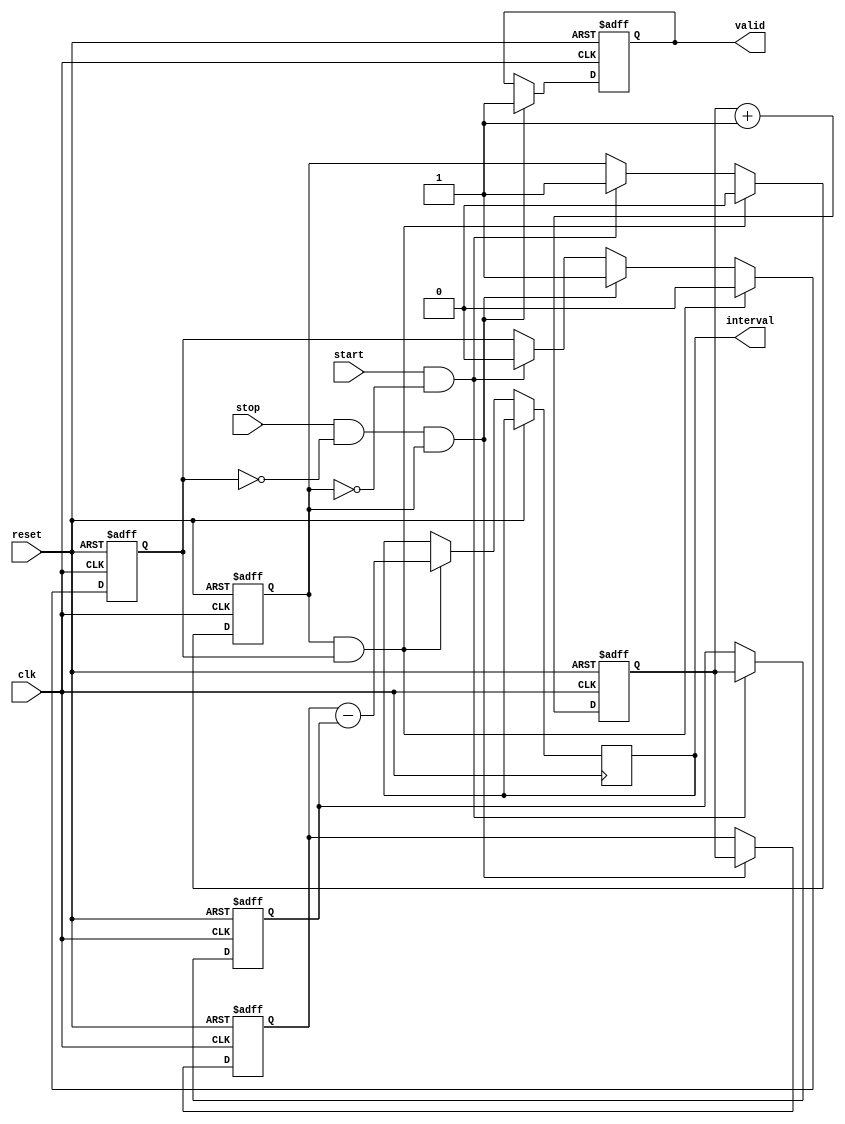
module tdc (
    input wire clk,              // Clock signal
    input wire reset,            // Reset signal
    input wire start,            // Start event signal
    input wire stop,             // Stop event signal
    output reg [7:0] interval,   // Output register for time interval in clock cycles
    output reg valid             // Output valid signal for interval
);

    reg [7:0] counter;           // 8-bit counter for clock cycles
    reg [7:0] start_time;        // Latch for start time
    reg [7:0] stop_time;         // Latch for stop time
    reg start_latched;           // Flag to indicate start time is latched
    reg stop_latched;            // Flag to indicate stop time is latched

    // Counter Logic
    always @(posedge clk or posedge reset) begin
        if (reset) begin
            counter <= 8'b0;
            start_time <= 8'b0;
            stop_time <= 8'b0;
            valid <= 1'b0;
            start_latched <= 1'b0;
            stop_latched <= 1'b0;
        end else begin
            // Increment the counter on each clock cycle
            counter <= counter + 1;

            // Latch start time on rising edge of start signal
            if (start && !start_latched) begin
                start_time <= counter;  // Capture current counter
                start_latched <= 1'b1;   // Indicate start time is latched
                stop_latched <= 1'b0;    // Reset stop latched flag
            end
            
            // Latch stop time on rising edge of stop signal
            if (stop && !stop_latched && start_latched) begin
                stop_time <= counter;   // Capture current counter
                stop_latched <= 1'b1;    // Indicate stop time is latched
                valid <= 1'b1;           // Indicate valid interval is ready for output
            end

            // Calculate the interval when both start and stop have been latched
            if (start_latched && stop_latched) begin
                interval <= stop_time - start_time; // Calculate the interval
                start_latched <= 1'b0;               // Reset start latched flag for next measurement
                stop_latched <= 1'b0;                // Reset stop latched flag for next measurement
            end
        end
    end

endmodule